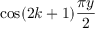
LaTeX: \cos ( 2 k + 1 ) { \frac { \pi y } { 2 } }